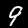
Label: 9